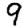
Digit: 9